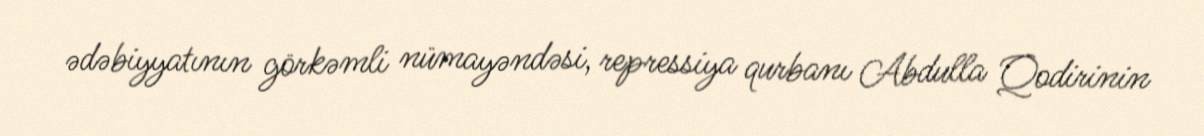
ədəbiyyatının görkəmli nümayəndəsi, repressiya qurbanı Abdulla Qodirinin